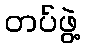
တပ်ဖွဲ့